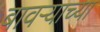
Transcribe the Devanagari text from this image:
बावऱ्याच्या